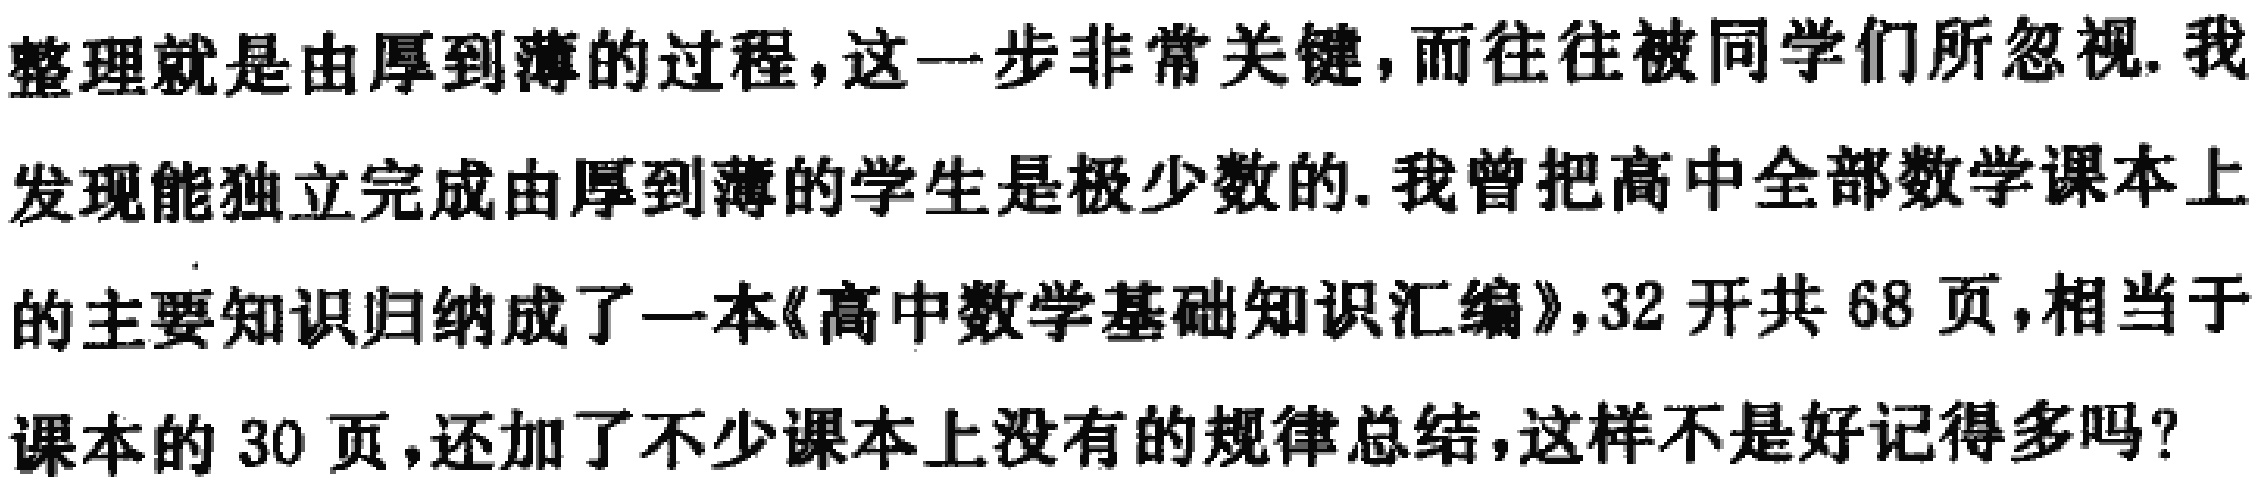
整理就是由厚到薄的过程,这一步非常关键,而往往被同学们所忽视.我发现能独立完成由厚到薄的学生是极少数的.我曾把高中全部数学课本上的主要知识归纳成了一本《高中数学基础知识汇编》,32 开共 68 页,相当于课本的 30 页,还加了不少课本上没有的规律总结,这样不是好记得多吗?